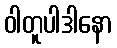
ဝါတူပါဒါနော